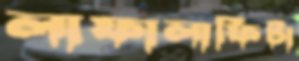
লাফালাফিটা